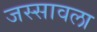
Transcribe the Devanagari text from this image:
जस्सावला